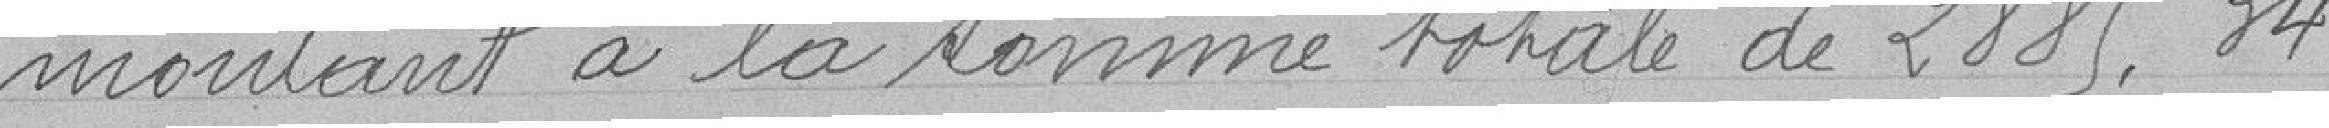
montant à la somme totale de 2885,34.